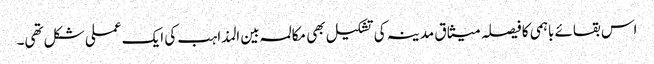
اس بقائے باہمی کا فیصلہ میثاق مدینہ کی تشکیل بھی مکالمہ بین المذاہب کی ایک عملی شکل تھی۔